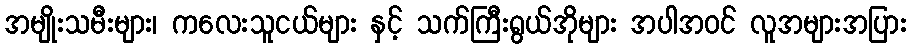
အမျိုးသမီးများ၊ ကလေးသူငယ်များ နှင့် သက်ကြီးရွယ်အိုများ အပါအဝင် လူအများအပြား